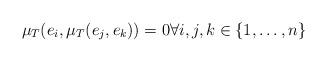
LaTeX: \begin{align*}\mu_T(e_i,\mu_T(e_j,e_k))=0 \forall i,j,k \in \{1,\ldots,n\}\end{align*}